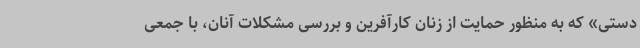
دستی» که به منظور حمایت از زنان کارآفرین و بررسی مشکلات آنان، با جمعی